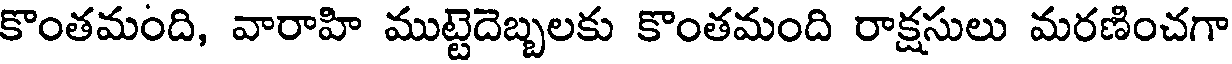
కొంతమంది, వారాహి ముట్టెదెబ్బలకు కొంతమంది రాక్షసులు మరణించగా